Laimjala_vallavalitsus, lk 23
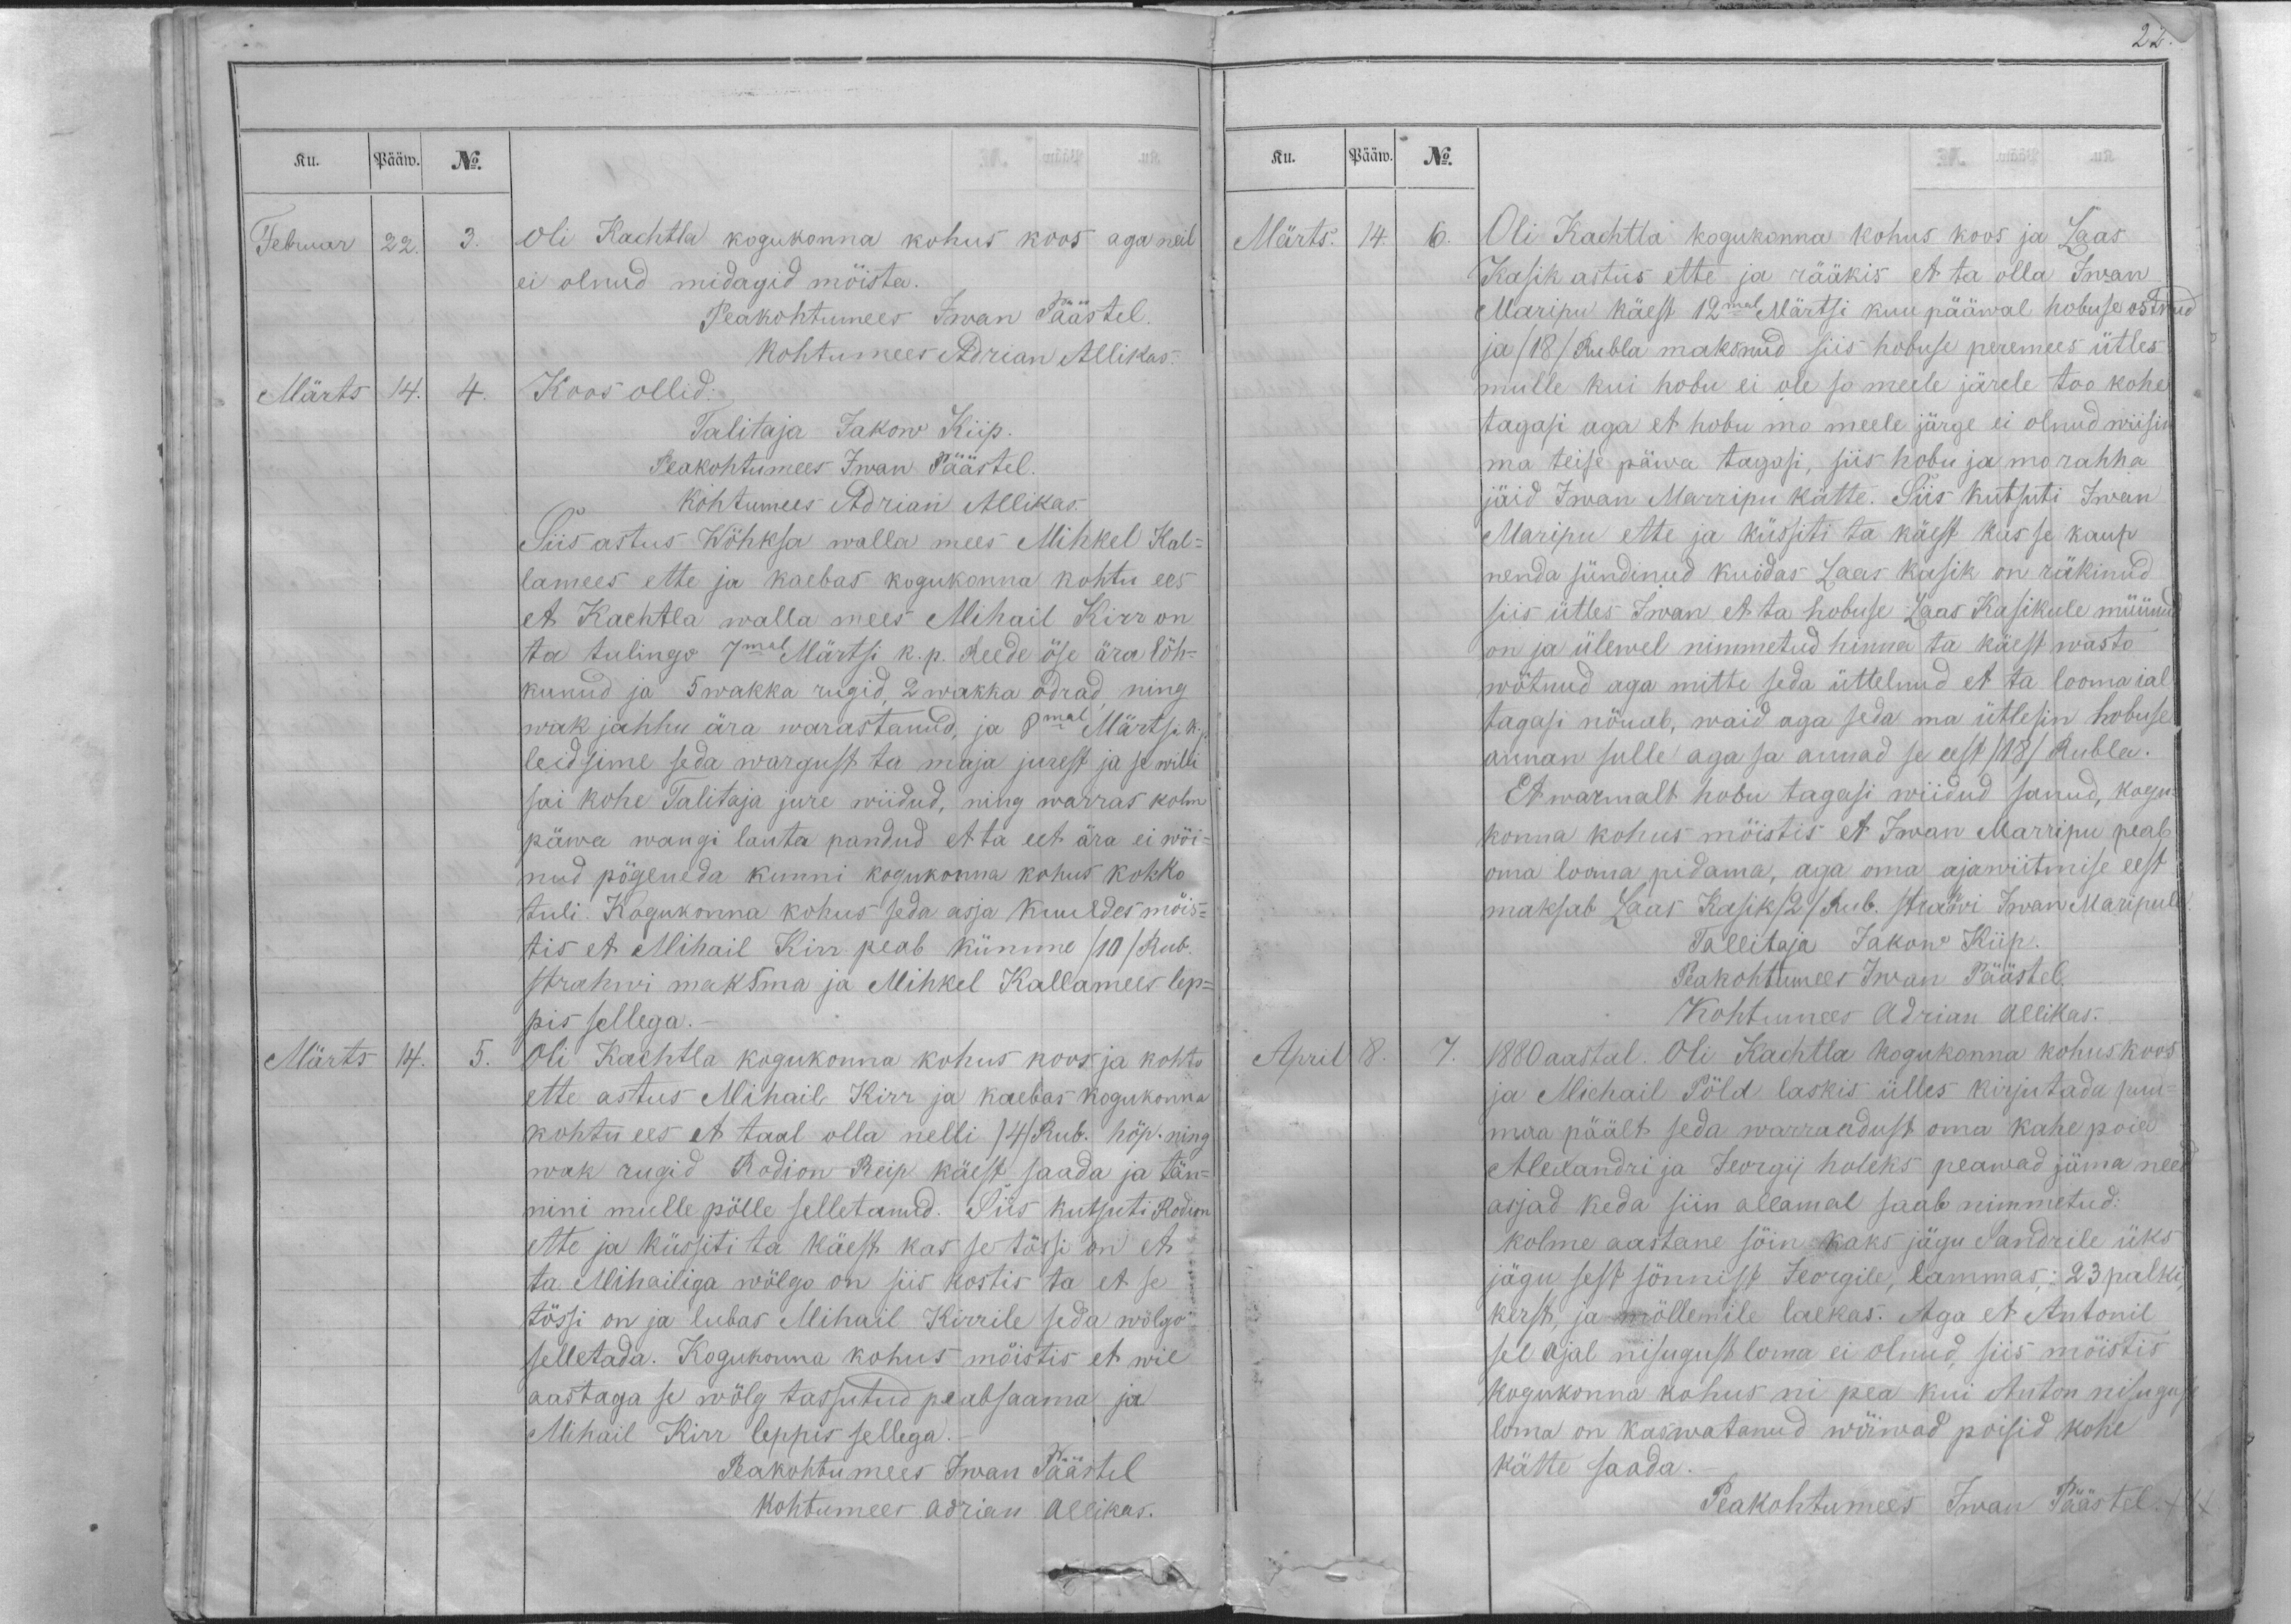
Ku.
Pääw.
No.
Februar
22.
3.
Oli Kachtla kogukonna kohus koos aga neil
ei olnud midagid mõista.
Peakohtumees Iwan Päästel.
Kohtumees Adrian Allikas.
Märts
14.
4.
Koos ollid:
Talitaja Jakow Kiip.
Peakohtumees Iwan Päästel.
Kohtumees Adrian Allikas.
Siis astus Wöhksa walla mees Mihkel Kal-
lamees ette ja kaebas kogukonna kohtu ees
et Kachtla walla mees Mihail Kirr on
ta tulingo 7mal Märtsi k. p. Reede öse ära lõh-
kunud ja 5 wakka rugid, 2 wakka odrad, ning
wak jahhu ära warastanud, ja 8mal Märtsi k.p.
leidsime seda wargust ta maja jurest ja se willi
sai kohe Talitaja jure wiidud, ning warras kolm
päwa wangi lauta pandud et ta eet ära ei wõi-
nud põgeneda kunni kogukonna kohus kokko
tuli. Kogukonna kohus seda asja kuuldes mõis-
tis et Mihail Kirr peab kümme /10/ Rub.
strahwi maksma ja Mihkel Kallamees lep-
pis sellega.-
Märts
14.
5.
Oli Kachtla kogukonna kohus koos ja kohtu
ette astus Mihail Kirr ja kaebas kogukonna
kohtu ees et taal olla nelli /4/ Rub. hõp. ning
wak rugid Rodion Reip käest saada ja tän-
nini mulle põlle selletanud. Siis kutsuti Rodion
ette ja küssiti ta käest kas se tõssi on et
ta Mihailiga wõlgo on siis kostis ta et se
tõssi on ja lubas Mihail Kirrile seda wõlgo
selletada. Kogukonna kohus mõistis et wie
aastaga se wõlg tassutud peabsaama ja
Mihail Kirr leppis sellega.
Peakohtumees Iwan Päästel
kohtumees Adrian Allikas.

Ku.
Pääw.
No.
Märts.
14.
6.
Oli Kachtla kogukonna kohus koos ja Laas
Kasik astus ette ja rääkis et ta olla Iwan
Maripu käest 12mal Märtsi kuu pääwal hobuse ostnud
ja (18) Rubla maksnud siis hobuse peremees ütles
mulle kui hobu ei ole so meele järele too kohe
tagasi aga et hobu mo meele järge ei olnud wiisin
ma teise päwa tagasi, siis hobu ja mo rahha
jäid Iwan Marripu kätte. Siis kutsuti Iwan
Maripu ette ja küssiti ta käest kas se kaup
nenda sündinud kuidas Laas kasik on räkinud
siis ütles Iwan et ta hobuse Laas Kasikule müünud
on ja ülewel nimmetud hinna ta käest wasto
wõtnud aga mitte seda üttelnud et ta looma ial
tagasi nõuab, waid aga seda ma ütlesin hobuse
annan sulle aga sa annad se eest (18) Rubla.
Et warmalt hobu tagasi wiidud sanud, kogu-
konna kohus mõistis et Iwan Marripu peab
oma looma pidama, aga oma ajawiitmise eest
maksab Laas Kasik /2/ rub. strahwi Iwan Maripule.
Tallitaja Jakow Kiip.
Peakohtumees Iwan Päästel.
Kohtumees Adrian Allikas.
April
8.
7.
1880 aastal. Oli Kachtla kogukonna kohus koos
ja Michail Põld laskis ülles kirjutada puu-
maa päält seda warrandust oma kahe poia
Alexandri ja Jeorgij holeks peawad jäma need
asjad keda siin allamal saab nimmetud:
kolme aastane sõin kaks jägu Sandrile üks
jägu sest sõnnist Jeorgile, lammas, 23 palki,
kerst, ja mõllemile laekas. Aga et Antonil
sel ajal nisugust loma ei olnud, siis mõistis
kogukonna kohus ni pea kui Anton nisuguse
loma on kaswatanud wõiwad poisid kohe
kätte saada.
Peakohtumees Iwan Päästel.XXX